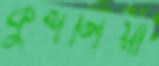
কুশলিয়া